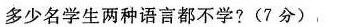
多少名学生两种语言都不学?(7分)，